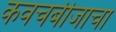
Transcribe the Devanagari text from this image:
कवचबीजाचा